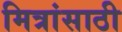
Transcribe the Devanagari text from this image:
मित्रांसाठी